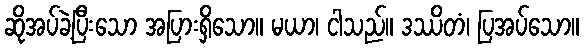
ဆိုအပ်ခဲ့ပြီးသော အပြားရှိသော။ မယာ၊ ငါသည်။ ဒဿိတံ၊ ပြအပ်သော။